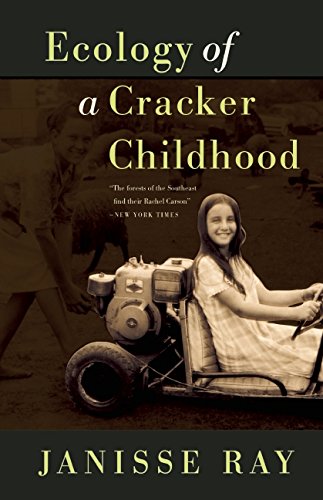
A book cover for Ecology of a Cracker Childhood: 15th Anniversary Edition; Janisse Ray; Science & Math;